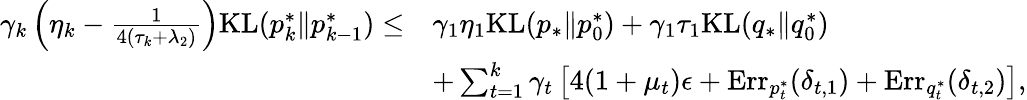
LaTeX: \begin{array}{rl}{\gamma_{k}\left(\eta_{k}-\frac{1}{4(\tau_{k}+\lambda_{2})}\right)\mathrm{KL}(p_{k}^{*}\| p_{k-1}^{*})\leq}&{\gamma_{1}\eta_{1}\mathrm{KL}(p_{*}\| p_{0}^{*})+\gamma_{1}\tau_{1}\mathrm{KL}(q_{*}\| q_{0}^{*})}\\ &{+\sum_{t=1}^{k}\gamma_{t}\left[4(1+\mu_{t})\epsilon+\mathrm{Err}_{p_{t}^{*}}(\delta_{t,1})+\mathrm{Err}_{q_{t}^{*}}(\delta_{t,2})\right],}\end{array}